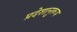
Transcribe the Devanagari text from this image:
प्रदेशानुरूप